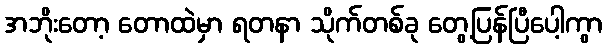
အဘိုးတော့ တောထဲမှာ ရတနာ သိုက်တစ်ခု တွေ့ပြန်ပြီပေါ့ကွာ